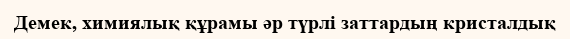
Демек, химиялық құрамы әр түрлі заттардың кристалдық